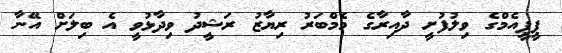
ޕީޕީއެމްގެ ވިލުފުށީ ދާއިރާގެ މެމްބަރު ރިޔާޒު ރަޝީދު ވިދާޅުވީ އެ ބިލަށް އޭނާ